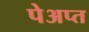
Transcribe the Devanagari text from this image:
पेअप्त